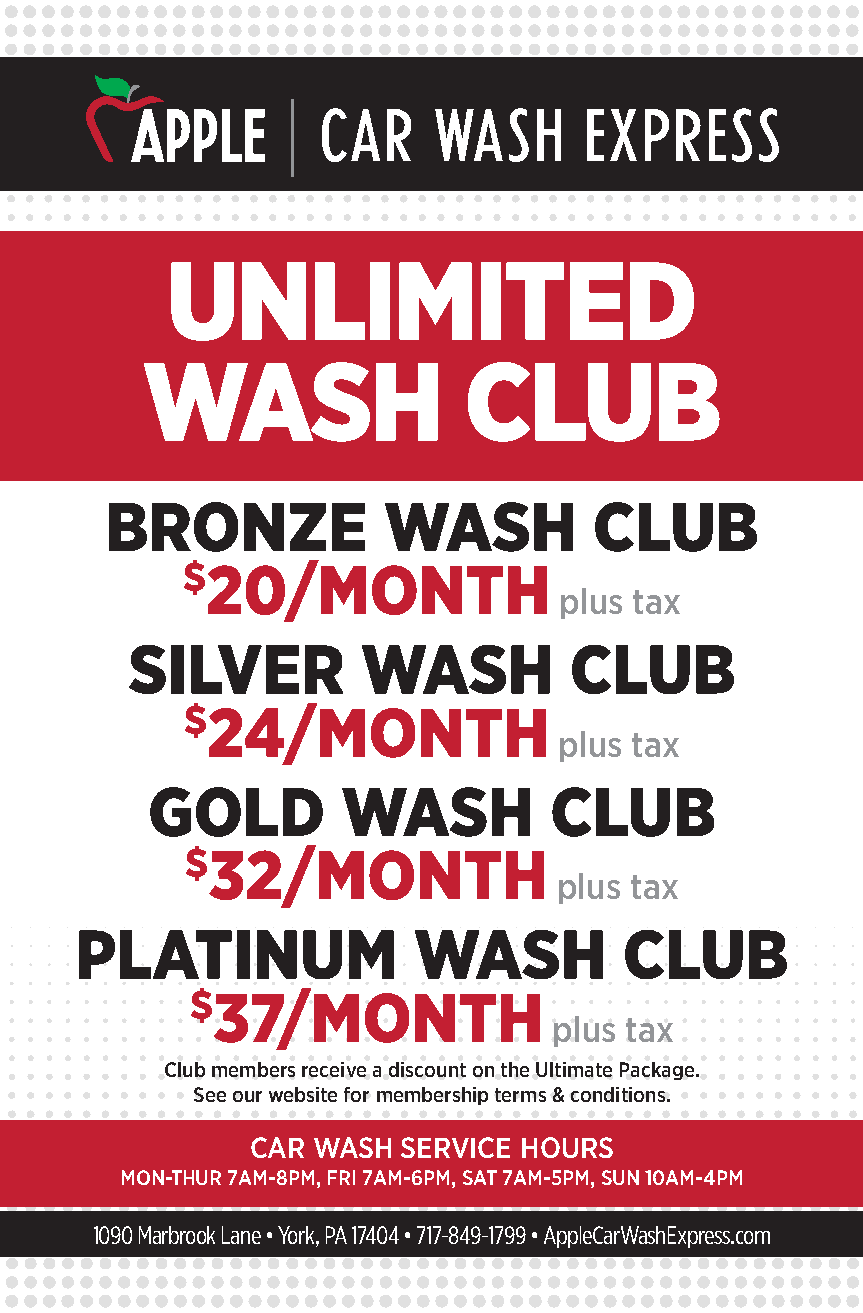
UNLIMITED
 WASH                  CLUB
 BRONZE            WASH          CLUB
 $20/MONTH
 plus tax
 SILVER         WASH          CLUB
 $24/MONTH
 plus tax
 GOLD         WASH         CLUB
 $32/MONTH
 plus tax
 PLATINUM              WASH          CLUB
 $37/MONTH
 plus tax
 Club members receive a discount on the Ultimate Package.
 See our website for membership terms & conditions.
 CAR WASH  SERVICE HOURS
 MON-THUR 7AM-8PM, FRI 7AM-6PM, SAT 7AM-5PM, SUN 10AM-4PM
 11009900 MMaarrbbrrooookk LLaannee •• YYoorrkk,, PPAA 1177440044 •• 771177--884499--11779999 •• AApppplleeCCaarrWWaasshhEExxpprreessss..ccoomm